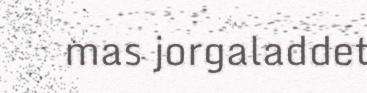
mas jorgaladdet